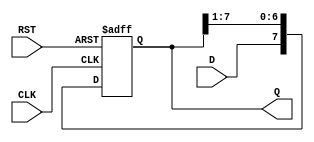
module ShiftRegister #(
    parameter N = 8  // Parameter to define the size of the shift register (default is 8 bits)
)(
    input wire D,           // Data input
    input wire CLK,         // Clock input
    input wire RST,         // Asynchronous reset
    output reg [N-1:0] Q    // Data output
);

// Always block for the shift register functionality
always @(posedge CLK or posedge RST) begin
    if (RST) begin
        // Asynchronous reset
        Q <= {N{1'b0}};  // Clear the register to zero
    end else begin
        // Shift operation
        Q <= {D, Q[N-1:1]};  // Shift right and insert new data at MSB
    end
end

endmodule